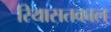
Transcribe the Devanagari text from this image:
रियासतकाल